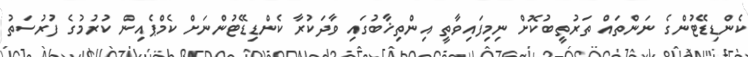
ކެންޑިޑޭޓުންގެ ނަންތައް ތަރުތީބުކޮށް ނިމިފައިވާތީ އިންތިޚާބުގައި ވާދަކުރާ ކެންޑިޑޭޓުންނަށް ކެމްޕެއިން ކުރުމުގެ ފުރުސަތު